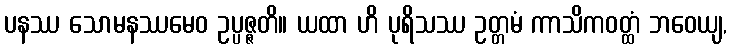
ပနဿ သောမနဿမေဝ ဥပ္ပဇ္ဇတိ။ ယထာ ဟိ ပုရိသဿ ဥတ္တမံ ကာသိကဝတ္ထံ ဘဝေယျ,